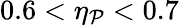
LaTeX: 0.6<\eta_{\mathcal{P}}<0.7